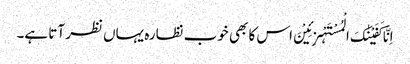
اِنَّا کَفَیْنٰکَ الْمُسْتَہْزِئِیْنَ اس کا بھی خوب نظارہ یہاں نظر آتا ہے۔